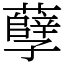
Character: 孽